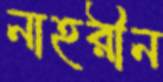
নাহরীন